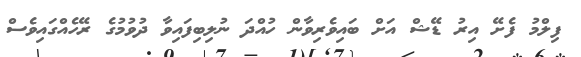
ފިލްމު ފެށޭ އިރު ޑޭޝް އަށް ބައިވެރިވާން ހުއްދަ ނުލިބިފައިވާ ދުވުމުގެ ރޭހެއްގައިވެސް